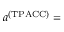
\begin{array} { r l } { \lefteqn { a ^ { \mathrm { ( T P A C C ) } } = } } \end{array}